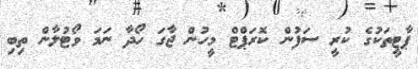
ޕާޓީތަކުގެ ކުރީ ސަފުން ކޮރަޕްޓް މީހުން ޖާގަ ހޯދާ ނަމަ ވޯޓުލާން ތިބި